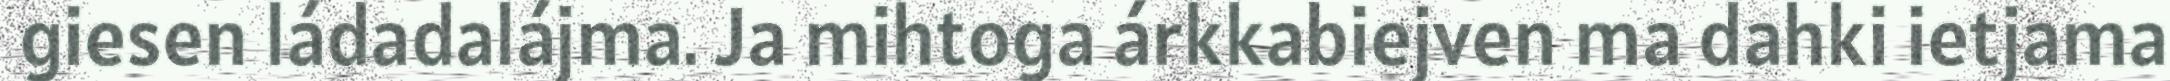
giesen ládadalájma. Ja mihtoga árkkabiejven ma dahki ietjama